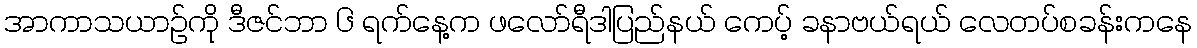
အာကာသယာဉ်ကို ဒီဇင်ဘာ ၆ ရက်နေ့က ဖလော်ရီဒါပြည်နယ် ကေပ့် ခနာဗယ်ရယ် လေတပ်စခန်းကနေ